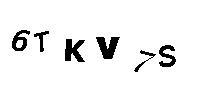
6TKV7S